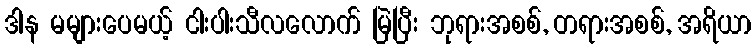
ဒါန မများပေမယ့် ငါးပါးသီလလောက် မြဲပြီး ဘုရားအစစ်, တရားအစစ်, အရိယာ